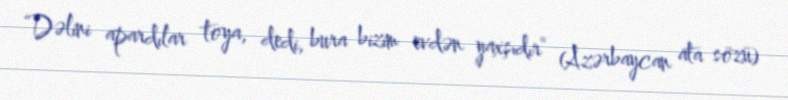
“Dəlini apardılar toya, dedi, bura bizim evdən yaxşıdır” (Azərbaycan ata sözü)